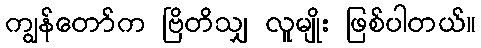
ကျွန်တော်က ဗြိတိသျှ လူမျိုး ဖြစ်ပါတယ်။